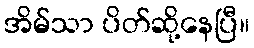
အိမ်သာ ပိတ်ဆို့နေပြီ။